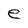
Character: e